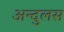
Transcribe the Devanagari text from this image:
अन्दुलस